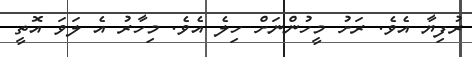
ރުފިޔާ އެވެ. ރަށު މީހުންނަށް ހިލެ އެވެ. މިހާރު އެ ލަވަ އޮތީ